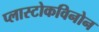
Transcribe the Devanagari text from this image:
प्लास्टोकविनोन